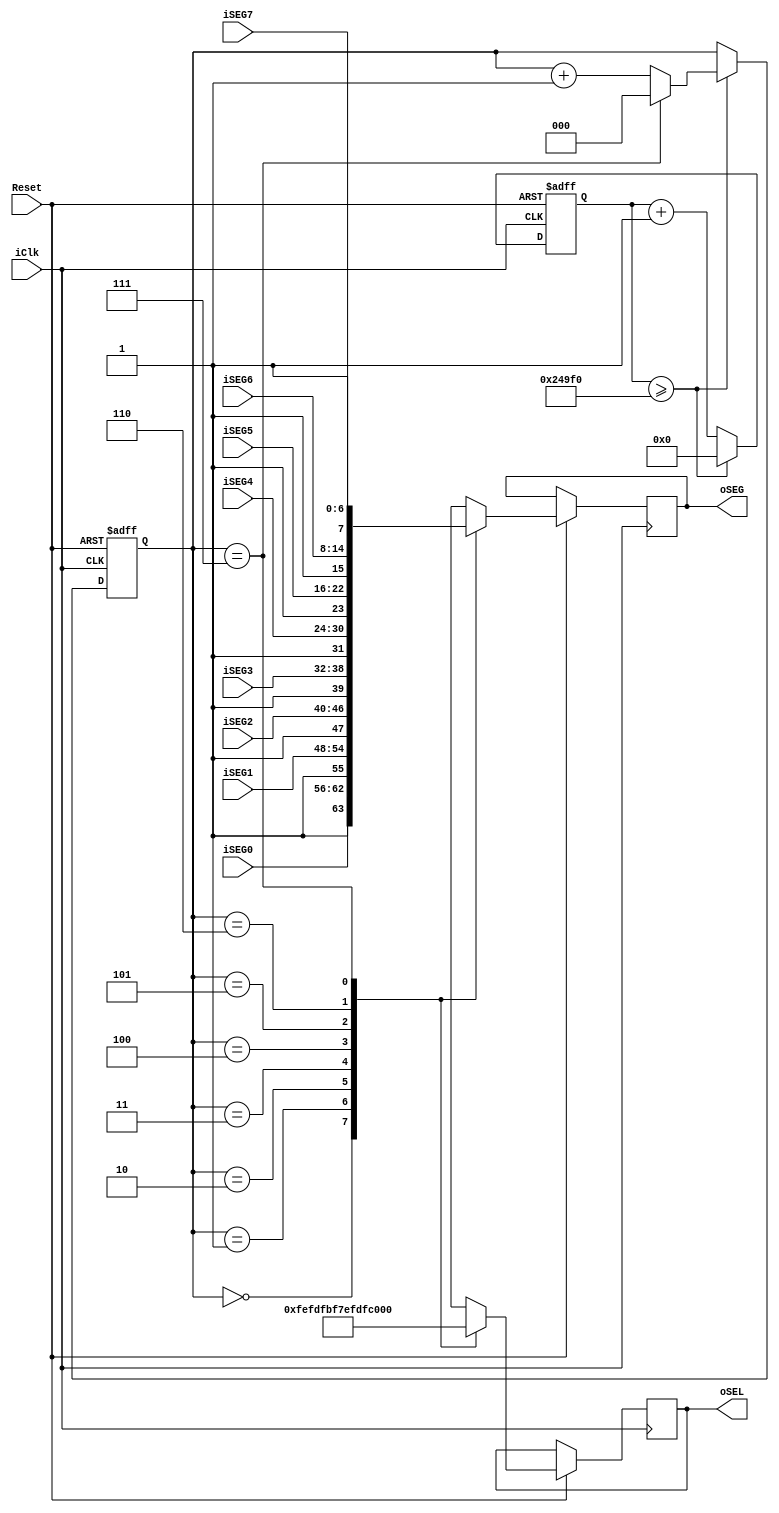
`default_nettype none 
module SEG7_DISPLAY (
    input wire  	   iClk,
	 input wire       Reset,
    input wire   [6:0] iSEG0,
    input wire   [6:0] iSEG1,
    input wire   [6:0] iSEG2,
    input wire   [6:0] iSEG3,
	 input wire   [6:0] iSEG4,
	 input wire   [6:0] iSEG5,
	 input wire   [6:0] iSEG6,
	 input wire   [6:0] iSEG7,
	
	 output  reg[7:0] oSEL,
    output  reg[7:0] oSEG
); 


	reg[2:0]counter;
	reg[19:0]counter2;
	parameter max_n = 20'd150_000;  //500hZ
	parameter NIXIE_TUBE_NUM=3'd7;  //
	always@(posedge iClk or negedge Reset)
	if(!Reset)
	begin
		counter<=0;
		counter2<=0;
	end
	else
	begin
			
		if(counter2 >= max_n )
		begin
			counter2 <= 0;
			if(counter==NIXIE_TUBE_NUM)
				counter<=0;
			else
				counter <= counter+3'd1;
		end
		else counter2 <= counter2+20'd1;
	
			case(counter)
			3'd0: 	begin
					oSEG <= {1'b1,iSEG0};	
					oSEL  <= 8'b11111110;
					end
			3'd1: 	begin
					oSEG <= {1'b1,iSEG1};	
					oSEL  <= 8'b11111101;
					end
			3'd2: 	begin
					oSEG <= {1'b1,iSEG2};	
					oSEL  <= 8'b11111011;
					end
			3'd3: 	begin
					oSEG <= {1'b1,iSEG3};	
					oSEL  <= 8'b11110111;
					end
			3'd4: 	begin
					oSEG <= {1'b1,iSEG4};	
					oSEL  <= 8'b11101111;
					end
			3'd5: 	begin
					oSEG <= {1'b1,iSEG5};	
					oSEL  <= 8'b11011111;
					end
			3'd6: 	begin
					oSEG <= {1'b1,iSEG6};	
					oSEL  <= 8'b10111111;
					end					
			3'd7: 	begin
					oSEG <= {1'b1,iSEG7};	
					oSEL  <= 8'b01111111;
					end
			default:begin
					oSEG <= {1'b1,iSEG7};	
					oSEL  <= 8'b01111111;
					end
		endcase
	end
	
endmodule